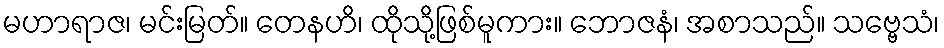
မဟာရာဇ၊ မင်းမြတ်။ တေနဟိ၊ ထိုသို့ဖြစ်မူကား။ ဘောဇနံ၊ အစာသည်။ သဗ္ဗေသံ၊